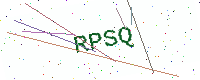
Text: RPSQ